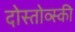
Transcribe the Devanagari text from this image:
दोस्तोव्स्की